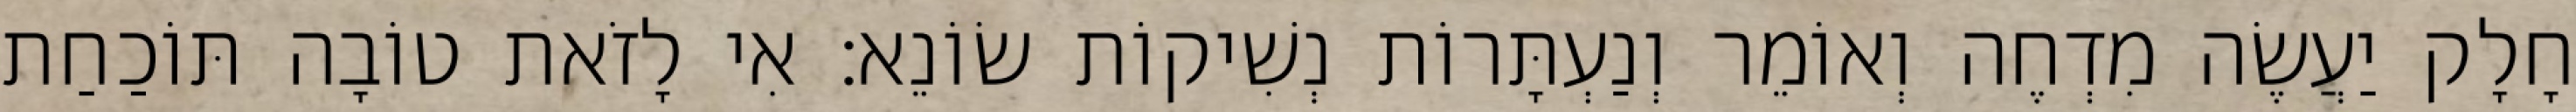
חָלָק יַעֲשֶׂה מִדְחֶה וְאוֹמֵר וְנַעְתָּרוֹת נְשִׁיקוֹת שׂוֹנֵא: אִי לָזֹאת טוֹבָה תּוֹכַחַת